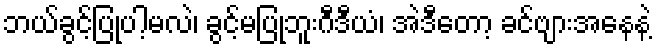
ဘယ်ခွင့်ပြုပါ့မလဲ၊ ခွင့်မပြုဘူးဂီဒီယံ၊ အဲဒီတော့ ခင်ဗျားအနေနဲ့